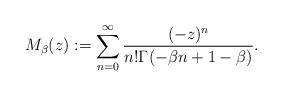
LaTeX: \begin{align*}M_{\beta}(z):=\sum_{n=0}^{\infty}\frac{(-z)^{n}}{n!\Gamma(-\beta n+1-\beta)}.\end{align*}